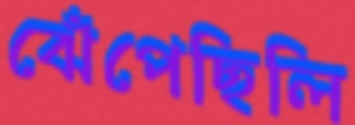
ঝেঁপেছিলি